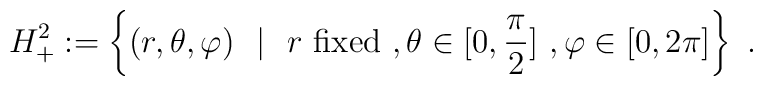
H^2_+ := \left\{ (r,\theta,\varphi)\ \ | \ \ r \  {\rm fixed} \ ,  \theta \in [0,\frac{\pi}{2}]  \ , \varphi \in [0,2\pi] \right\}\ .